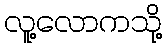
လူ့လောကသို့